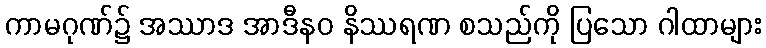
ကာမဂုဏ်၌ အဿာဒ အာဒီနဝ နိဿရဏ စသည်ကို ပြသော ဂါထာများ